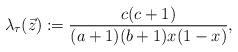
LaTeX: \begin{align*}\lambda_{\tau} (\vec{z}) := \frac{c (c + 1)}{(a + 1) (b + 1) x (1 - x)}, \end{align*}